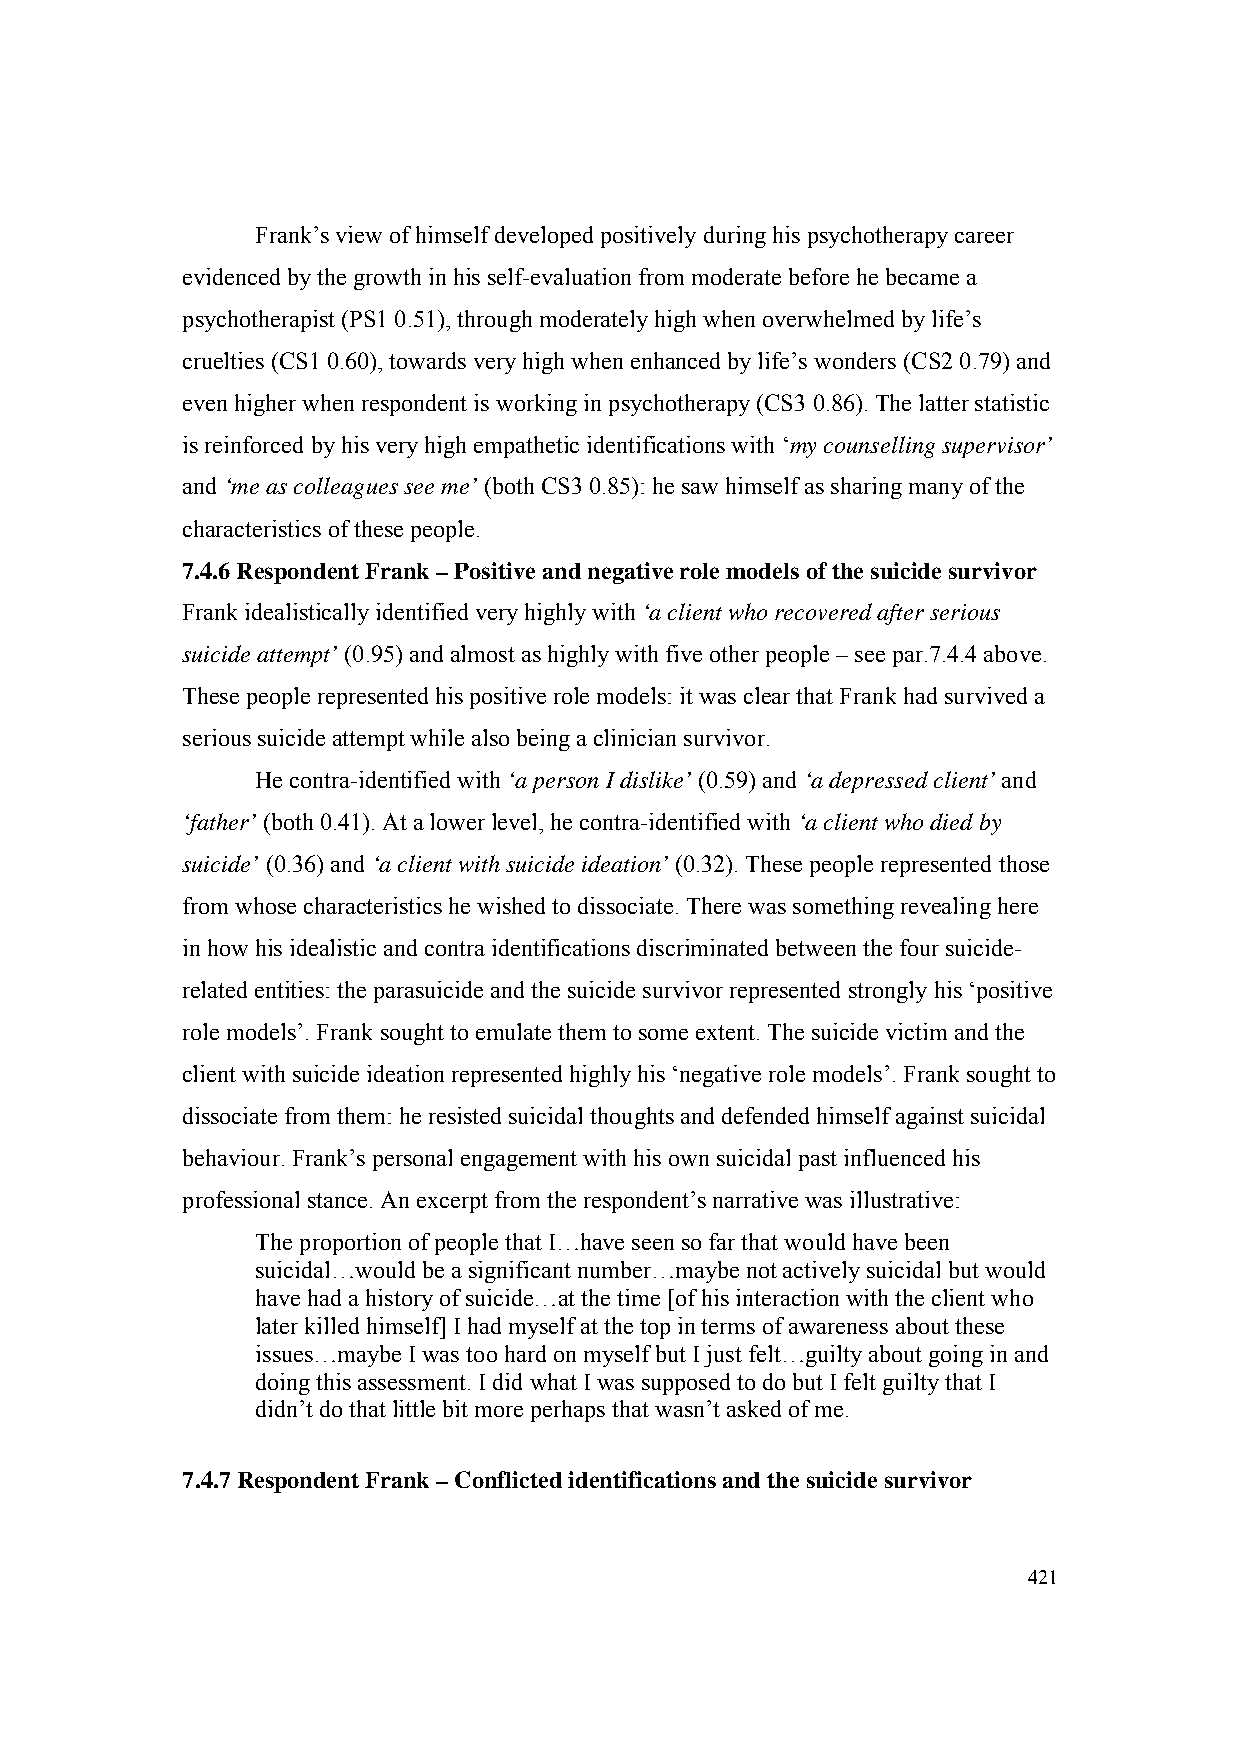
Frank’s view of himself developed positively during his psychotherapy career
 evidenced by the growth in his self-evaluation from moderate before he became a
 psychotherapist (PS1 0.51), through moderately high when overwhelmed by life’s
 cruelties (CS1 0.60), towards very high when enhanced by life’s wonders (CS2 0.79) and
 even higher when respondent is working in psychotherapy (CS3 0.86). The latter statistic
 is reinforced by his very high empathetic identifications with ‘my counselling supervisor’
 and ‘me as colleagues see me’ (both CS3 0.85): he saw himself as sharing many of the
 characteristics of these people.
 7.4.6 Respondent Frank – Positive and negative role models of the suicide survivor
 Frank idealistically identified very highly with ‘a client who recovered after serious
 suicide attempt’ (0.95) and almost as highly with five other people – see par.7.4.4 above.
 These people represented his positive role models: it was clear that Frank had survived a
 serious suicide attempt while also being a clinician survivor.
 He contra-identified with ‘a person I dislike’ (0.59) and ‘a depressed client’ and
 ‘father’ (both 0.41). At a lower level, he contra-identified with ‘a client who died by
 suicide’ (0.36) and ‘a client with suicide ideation’ (0.32). These people represented those
 from whose characteristics he wished to dissociate. There was something revealing here
 in how his idealistic and contra identifications discriminated between the four suicide-
 related entities: the parasuicide and the suicide survivor represented strongly his ‘positive
 role models’. Frank sought to emulate them to some extent. The suicide victim and the
 client with suicide ideation represented highly his ‘negative role models’. Frank sought to
 dissociate from them: he resisted suicidal thoughts and defended himself against suicidal
 behaviour. Frank’s personal engagement with his own suicidal past influenced his
 professional stance. An excerpt from the respondent’s narrative was illustrative:
 The proportion of people that I…have seen so far that would have been
 suicidal…would be a significant number…maybe not actively suicidal but would
 have had a history of suicide…at the time [of his interaction with the client who
 later killed himself] I had myself at the top in terms of awareness about these
 issues…maybe I was too hard on myself but I just felt…guilty about going in and
 doing this assessment. I did what I was supposed to do but I felt guilty that I
 didn’t do that little bit more perhaps that wasn’t asked of me.
 7.4.7 Respondent Frank – Conflicted identifications and the suicide survivor
 421